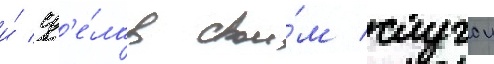
и́ сд'е́лав свои́м слугои